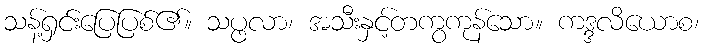
သန့်ရှင်းပြေပြစ်၏။ သပ္ဖလာ၊ အသီးနှင့်တကွကုန်သော။ ကဒ္ဒလိယောစ၊